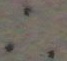
\therefore